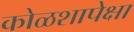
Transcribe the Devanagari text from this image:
कोळशापेक्षा